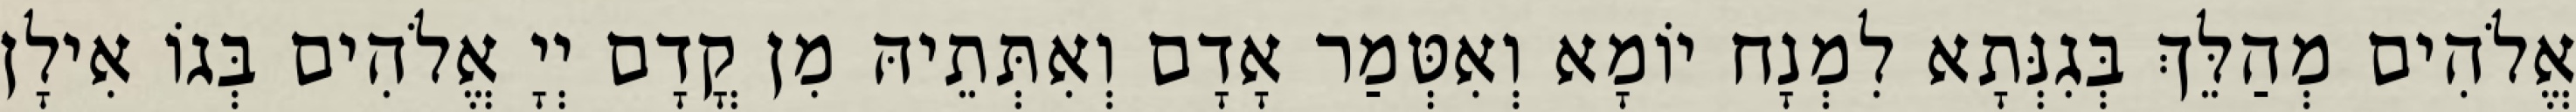
אֱלֹהִים מְהַלֵּךְ בְּגִנְּתָא לִמְנָח יוֹמָא וְאִטְּמַר אָדָם וְאִתְּתֵיהּ מִן קֳדָם יְיָ אֱלֹהִים בְּגוֹ אִילָן